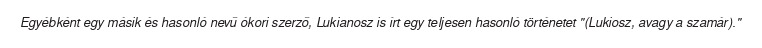
Egyébként egy másik és hasonló nevű ókori szerző, Lukianosz is írt egy teljesen hasonló történetet "(Lukiosz, avagy a szamár)."